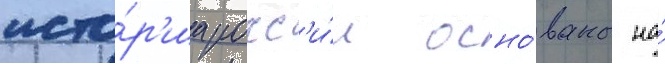
исто́р'иа росс'и́и осно́ваны на́